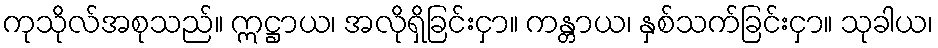
ကုသိုလ်အစုသည်။ ဣဋ္ဌာယ၊ အလိုရှိခြင်းငှာ။ ကန္တာယ၊ နှစ်သက်ခြင်းငှာ။ သုခါယ၊